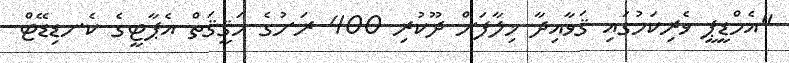
"އެމްޑީޕީ ވެރިކަމުގައި ޤަވާއިދާ ޚިލާފަށް ދޫކުރި 400 ރަށުގެ ހަޤީޤަތް އެޕާޓީގެ ކެނޑިޑޭޓް